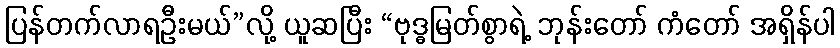
ပြန်တက်လာရဦးမယ်”လို့ ယူဆပြီး “ဗုဒ္ဓမြတ်စွာရဲ့ ဘုန်းတော် ကံတော် အရှိန်ပါ